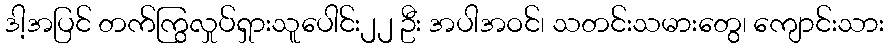
ဒါ့အပြင် တက်ကြွလှုပ်ရှားသူပေါင်း၂၂ ဦး အပါအဝင်၊ သတင်းသမားတွေ၊ ကျောင်းသား